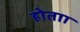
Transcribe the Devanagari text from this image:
होताा